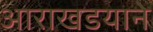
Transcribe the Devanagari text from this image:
आराखडयाने